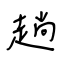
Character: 趟